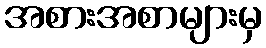
အစားအစာများမှ